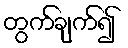
တွက်ချက်၍